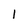
Character: l